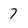
Character: 7